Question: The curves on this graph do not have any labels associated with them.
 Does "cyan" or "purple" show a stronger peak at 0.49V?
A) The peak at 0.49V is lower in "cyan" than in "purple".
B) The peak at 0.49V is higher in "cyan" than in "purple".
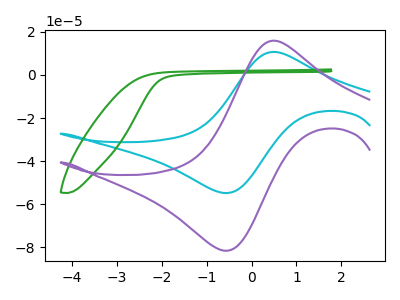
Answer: <think>The cyan curve "cyan" has an anodic peak at (0.50V, 10.70uA) and a cathodic peak at (-0.65V, -54.75uA). The green curve "green" has no peaks. The purple curve "purple" has an anodic peak at (0.50V, 15.90uA) and a cathodic peak at (-0.65V, -81.50uA).</think>
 <answer>A) The peak at 0.49V is lower in "cyan" than in "purple".</answer>
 <eval>A</eval>